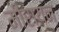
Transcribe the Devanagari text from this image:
मीरायन